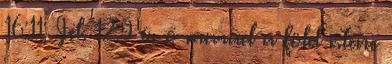
16:11; Jel. 12:9 és ő marad a föld istene